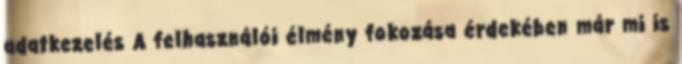
adatkezelés A felhasználói élmény fokozása érdekében már mi is